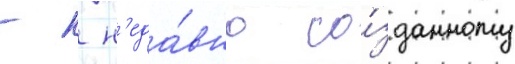
- к н'еда́вно со́зданному